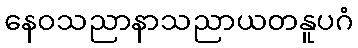
နေဝသညာနာသညာယတနူပဂံ